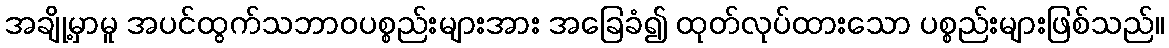
အချို့မှာမူ အပင်ထွက်သဘာဝပစ္စည်းများအား အခြေခံ၍ ထုတ်လုပ်ထားသော ပစ္စည်းများဖြစ်သည်။